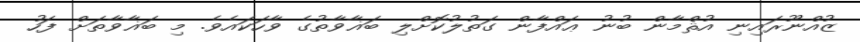
ޒުއްނޫރައިނި އުޘްމާން ބުނު ޢައްފާން ގަތުލުކޮށްލި ބަޣާވާތުގެ ވާހަކައެވެ. މި ބަޣާވާތަށް ފަހު